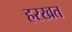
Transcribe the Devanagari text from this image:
हरखत